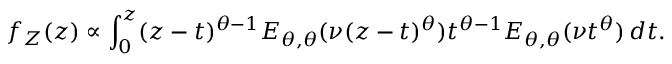
f _ { Z } ( z ) \propto \int _ { 0 } ^ { z } ( z - t ) ^ { \theta - 1 } E _ { \theta , \theta } ( \nu ( z - t ) ^ { \theta } ) t ^ { \theta - 1 } E _ { \theta , \theta } ( \nu t ^ { \theta } ) \, d t .